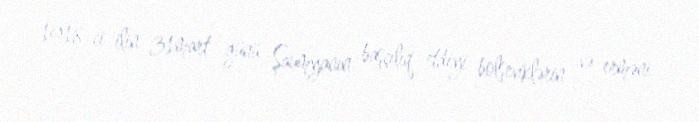
1918-ci ilin 31mart günü Şaumyanın başçılıq etdiyi bolşeviklərin və erməni